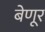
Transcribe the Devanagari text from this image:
बेणूर